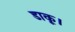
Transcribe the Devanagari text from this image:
डाकू।